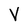
Character: V